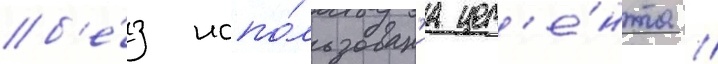
б'е́з испо́льзован'иа цем'е́нта /